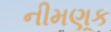
નીમણૂક